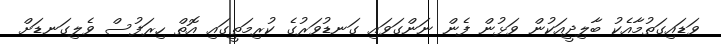
ވަޑައިގަތުމާއެކު ބާލިދީއަކުން ވަޅުން ފެން ނަންގަވައި ގަނޑުވަރުގެ ކުރިމަތީގައި އޮތް ހިރަފުސް ވެލިގަނޑަށް